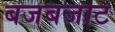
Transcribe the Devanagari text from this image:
बजबजाट